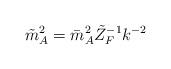
LaTeX: \begin{align*}\tilde m^2_A=\bar m^2_A\tilde Z_F^{-1}k^{-2}\end{align*}